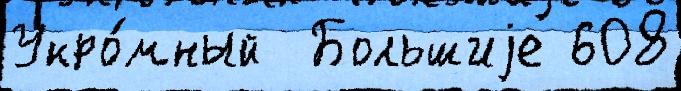
Укро́мный  Большиjе 608